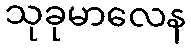
သုခုမာလေန